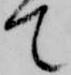
て